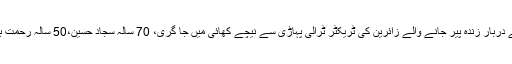
ریسکیو ترجمان کے مطابق قبائلی علاقے زندہ پیر کے مقام پر پیش آیا، زیارت کے لیے دربار زندہ پیر جانے والے زائرین کی ٹریکٹر ٹرالی پہاڑی سے نیچے کھائی میں جا گری، 70 سالہ سجاد حسین،50 سالہ رحمت بی بی، 53سالہ اللہ بخش، 2 سالہ نایاب 18 سالہ مہوش اور اللہ بخش موقع پر چل بسے۔